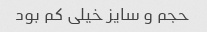
حجم و سایز خیلی کم بود